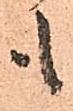
も